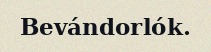
Bevándorlók.